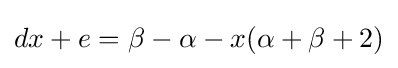
dx+e=\beta -\alpha -x(\alpha +\beta +2)